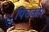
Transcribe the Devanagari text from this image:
पिचकार